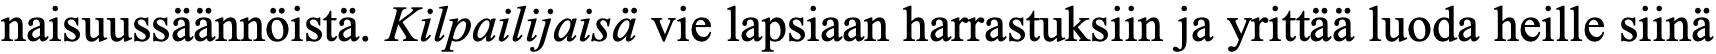
naisuussäännöistä. Kilpailijaisä vie lapsiaan harrastuksiin ja yrittää luoda heille siinä